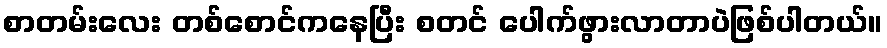
စာတမ်းလေး တစ်စောင်ကနေပြီး စတင် ပေါက်ဖွားလာတာပဲဖြစ်ပါတယ်။